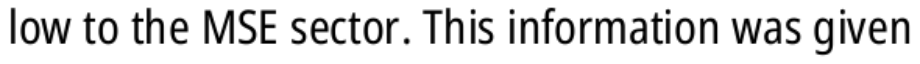
low to the MSE sector. This information was given